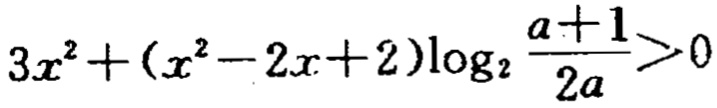
\(3x^{2}+(x^{2}-2x + 2)\log_{2}\frac{a + 1}{2a}>0\)